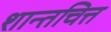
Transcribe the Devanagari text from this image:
शान्तचित्त